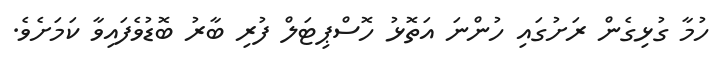
ހުމާ ގުޅިގެން ރަށުގައި ހުންނަ އަތޮޅު ހޮސްޕިޓަލް ފުރި ބާރު ބޮޑުވެފައިވާ ކަމަށެވެ.